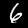
Label: 6